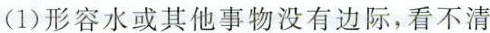
(1)形容水或其他事物没有边际，看不清